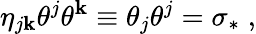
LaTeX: \eta_{j\mathbf{k}}\theta^{j}\theta^{\mathbf{k}}\equiv\theta_{j}\theta^{j}=\sigma_{\ast}\; ,